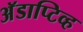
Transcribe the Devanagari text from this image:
अॅडाप्टिव्ह